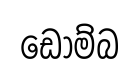
ඩොම්බ